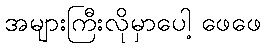
အများကြီးလိုမှာပေါ့ ဖေဖေ